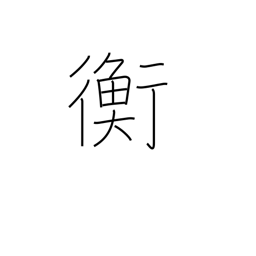
Meaning: equilibrium